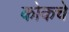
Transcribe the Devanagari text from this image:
कोकचे